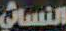
النسائي